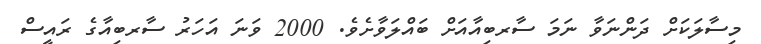
މިސާލަކަށް ދަންނަވާ ނަމަ ސާރބިއާއަށް ބައްލަވާށެވެ. 2000 ވަނަ އަހަރު ސާރބިއާގެ ރައީސް